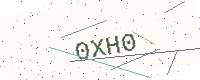
Text: 0XH0